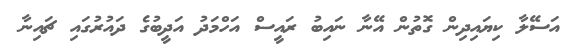
އަސޭލާ ކިޔައިދިން ގޮތުން އޭނާ ނައިބު ރައީސް އަހްމަދު އަދީބުގެ ދައުުރުގައި ޗައިނާ